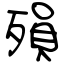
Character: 殞